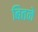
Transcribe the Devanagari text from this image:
बितने